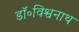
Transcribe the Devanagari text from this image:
डॉ॰विश्वनाथ